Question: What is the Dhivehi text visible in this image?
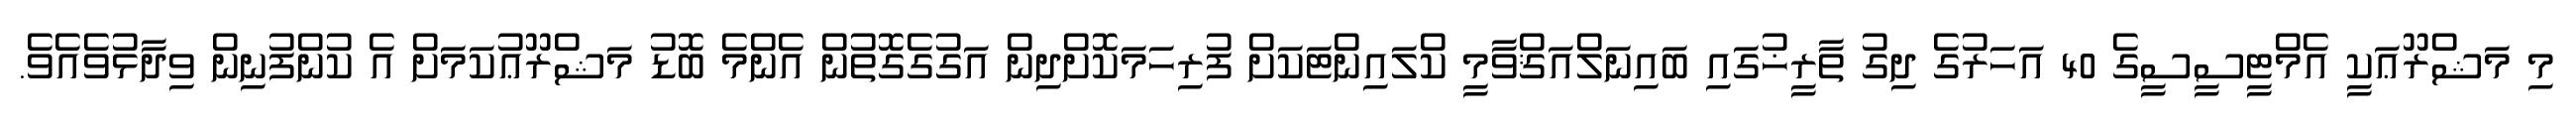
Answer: މި މަޝްރޫޢަކީ އެމްޓީސީސީގެ 40 އަހަރުގެ ދިގު ތާރީޚުގައި ބައިނަލްއަޤްވާމީ ކްލައިންޓަކަށް ފުރިހަމަކޮށްދިން އަގުގެގޮތުން އެންމެ ބޮޑު މަޝްރޫޢުކަމަށް އެ ކުންފުނިން ވިދާޅުވެއެވެ.